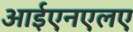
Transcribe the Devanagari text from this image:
आईएनएलए